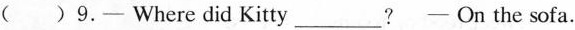
( ) 9. - Where did Kitty___? - On the sofa.